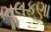
ભૂલકણા